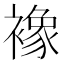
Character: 襐